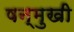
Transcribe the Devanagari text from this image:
षन्मुखी